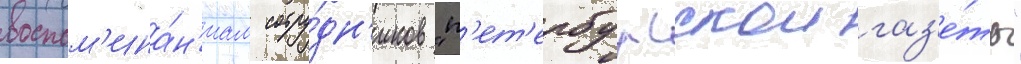
воспом'ина́н'иам сотру́дн'иков "п'ет'ербургскои газ'е́ты"